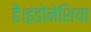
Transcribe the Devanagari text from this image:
है।इंडोनेशिया